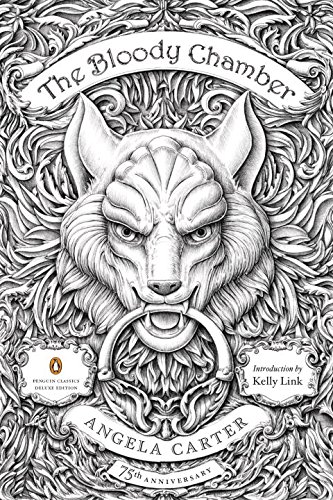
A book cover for The Bloody Chamber: And Other Stories: 75th-Anniversary Edition (Penguin Classics Deluxe Edition); Angela Carter; Literature & Fiction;